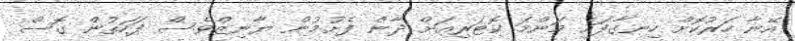
އޭނާ ހަރުކޮށް ހިނގާފައި މަންމަ ކޮޓަރިއަށް ދާން ފެށުމުން ޔާނިޒްވެސް ފަހަތުން ގޮސް